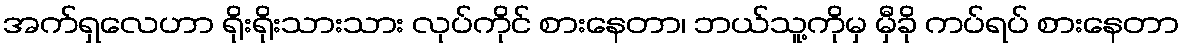
အက်ရှလေဟာ ရိုးရိုးသားသား လုပ်ကိုင် စားနေတာ၊ ဘယ်သူ့ကိုမှ မှီခို ကပ်ရပ် စားနေတာ